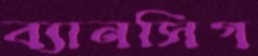
ব্যানসিগ